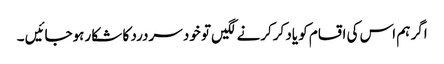
اگر ہم اس کی اقسام کو یاد کرکرنے لگیں تو خود سردرد کا شکا رہوجائیں ۔